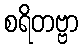
စရိတဗ္ဗာ